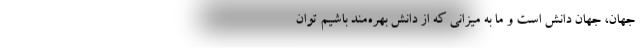
جهان، جهان دانش است و ما به میزانی که از دانش بهره‌مند باشیم توان